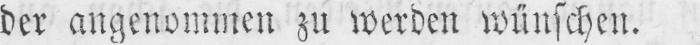
der angenommen zu werden wünschen.